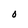
Character: O